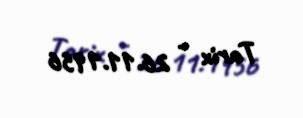
Tarix - 26.11.1956